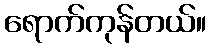
ရောက်ကုန်တယ်။